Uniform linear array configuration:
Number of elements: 4
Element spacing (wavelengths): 0.75
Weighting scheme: hamming
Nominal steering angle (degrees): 60
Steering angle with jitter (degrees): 59.972
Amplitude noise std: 0.05
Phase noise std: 0.05

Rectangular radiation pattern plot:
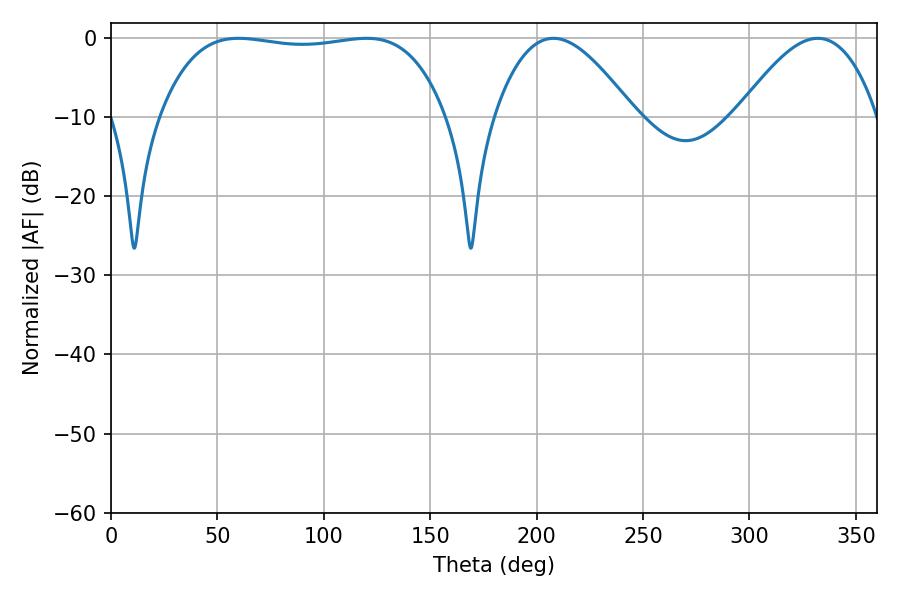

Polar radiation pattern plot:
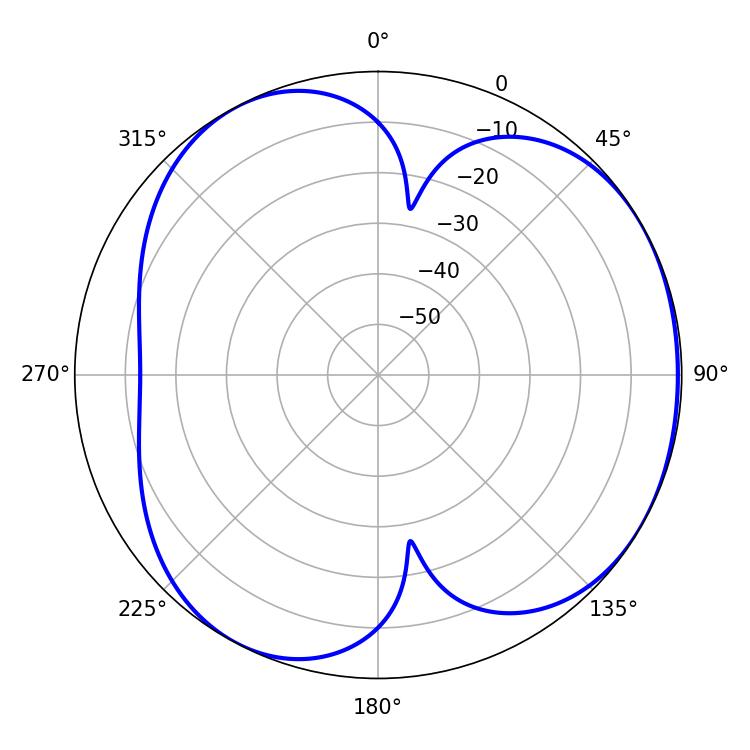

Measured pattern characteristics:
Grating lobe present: TRUE
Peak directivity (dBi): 4.057
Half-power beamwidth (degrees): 35.64
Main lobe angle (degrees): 207.9